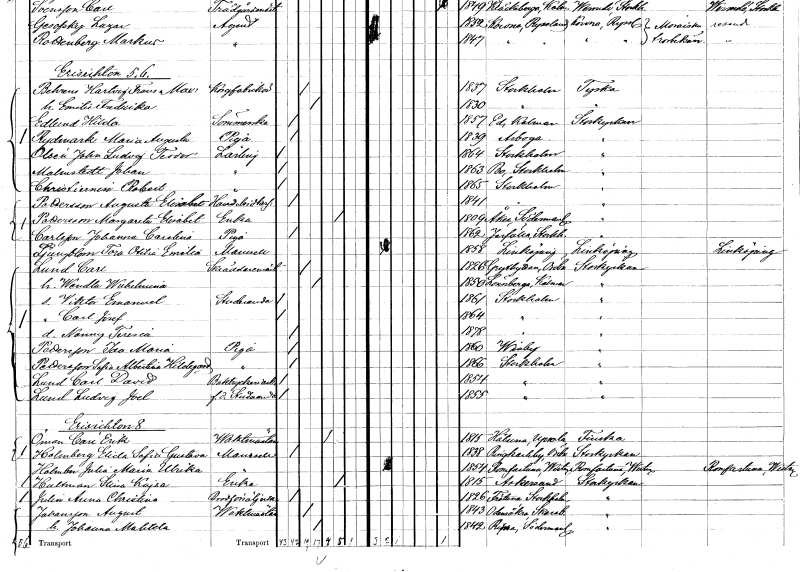
gt_parse: households: individuals: FN: John Ludvig Teodor
EN: Olsén
YRKE: Lärling
KON: M
CIV: O
FODAR: 1864
FODFORS: Stockholm
FN: Johan
EN: Malmstedt
YRKE: Lärling
KON: M
CIV: O
FODAR: 1863
FODFORS: Bo Stockholms län
FN: Robert
EN: Christiernen
YRKE: Lärling
KON: M
CIV: O
FODAR: 1865
FODFORS: Stockholm
FN: Augusta Elisabet
EN: Pettersson
YRKE: Handelsidkerska
KON: K
CIV: O
FODAR: 1841
FODFORS: Stockholm
FN: Margareta Elisabet
EN: Pettersson
YRKE: Änka
KON: K
CIV: E
FODAR: 1809
FODFORS: Åker Södermanlands län
FN: Johanna Carolina
EN: Carlsson
YRKE: Piga
KON: K
CIV: O
FODAR: 1862
FODFORS: Järfälla Stockholms län
FN: Tora Otilia Emilia
EN: Ljungblom
KON: K
CIV: O
FODAR: 1858
FODFORS: Linköping Östergötlands län
FN: Carl
EN: Lund
YRKE: Skräddarmästare
KON: M
CIV: G
FODAR: 1826
FODFORS: Grythyttan Örebro län
FN: Wendla Wilhelmina
KON: K
CIV: G
FODAR: 1850
FODFORS: Lönneberga Kalmar län
FN: Viktor Emanuel
YRKE: Studerande
KON: M
CIV: O
FODAR: 1861
FODFORS: Stockholm
FN: Carl Josef
KON: M
CIV: O
FODAR: 1864
FODFORS: Stockholm
FN: Nanny Teresia
KON: K
CIV: O
FODAR: 1878
FODFORS: Stockholm
FN: Ida Maria
EN: Pettersson
YRKE: Piga
KON: K
CIV: O
FODAR: 1860
FODFORS: Visby Gotlands län
FN: Sofia Albertina Hildegard
EN: Pettersson
YRKE: Piga
KON: K
CIV: O
FODAR: 1866
FODFORS: Stockholm
FN: Carl David
EN: Lund
YRKE: Boktryckeriarbetare
KON: M
CIV: O
FODAR: 1854
FODFORS: Stockholm
FN: Ludvig Joel
EN: Lund
YRKE: Studerande f.d.
KON: M
CIV: O
FODAR: 1855
FODFORS: Stockholm
FN: Carl Erik
EN: Öman
YRKE: Vaktmästare
KON: M
CIV: E
FODAR: 1815
FODFORS: Håtuna Stockholms län
FN: Elida Sofia Gustava
EN: Holmberg
KON: M
CIV: O
FODAR: 1838
FODFORS: Rinkaby Örebro län
FN: Julia Maria Ulrika
EN: Holber
KON: K
CIV: O
FODAR: 1854
FODFORS: Romfartuna Västmanlands län
FN: Stina Kajsa
EN: Hultman
YRKE: Änka
KON: K
CIV: E
FODAR: 1815
FODFORS: Askersund Örebro län
FN: Anna Christina
EN: Julin
YRKE: Brödförsäljerska
KON: K
CIV: O
FODAR: 1826
FODFORS: Frötuna Stockholms län
FN: August
EN: Johansson
YRKE: Vaktmästare
KON: M
CIV: G
FODAR: 1843
FODFORS: Odensåker Skaraborgs län
FN: Johanna Matilda
KON: K
CIV: G
FODAR: 1842
FODFORS: Ripsa Södermanlands län